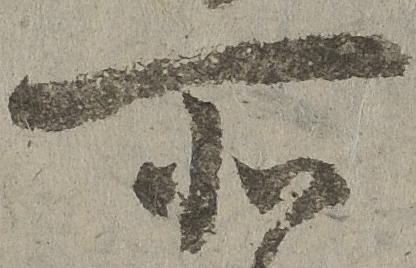
所